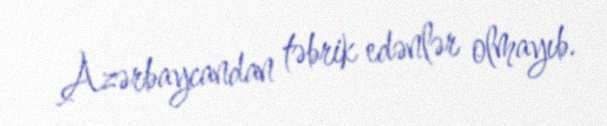
Azərbaycandan təbrik edənlər olmayıb.